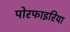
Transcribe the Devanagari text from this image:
पोरफाइरिया